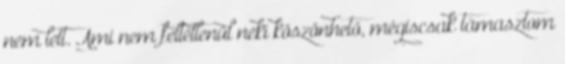
nem lett. Ami nem feltétlenül neki köszönhető, mégiscsak támasztom